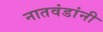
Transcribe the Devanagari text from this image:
नातवंडांनी